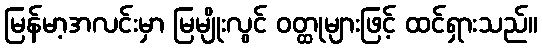
မြန်မာ့အလင်းမှာ မြမျိုးလွင် ဝတ္ထုများဖြင့် ထင်ရှားသည်။